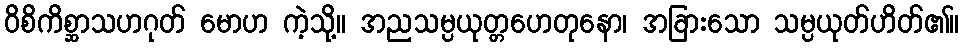
ဝိစိကိစ္ဆာသဟဂုတ် မောဟ ကဲ့သို့။ အညသမ္ပယုတ္တဟေတုနော၊ အခြားသော သမ္ပယုတ်ဟိတ်၏။